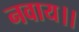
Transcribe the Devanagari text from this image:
नवाय।।